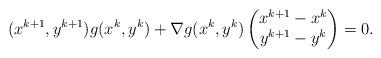
LaTeX: \begin{align*}(x^{k+1},y^{k+1})g(x^k,y^k)+\nabla g(x^k,y^k)\begin{pmatrix}x^{k+1}-x^k\\y^{k+1}-y^k\end{pmatrix} = 0.\end{align*}